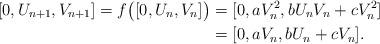
LaTeX: \begin{align*} [0,U_{n+1},V_{n+1}] = f\bigl([0,U_n,V_n]\bigr) &= [0,aV_n^2,bU_nV_n+cV_n^2]\\ &= [0,aV_n,bU_n+cV_n].\end{align*}